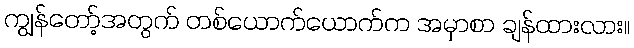
ကျွန်တော့်အတွက် တစ်ယောက်ယောက်က အမှာစာ ချန်ထားလား။